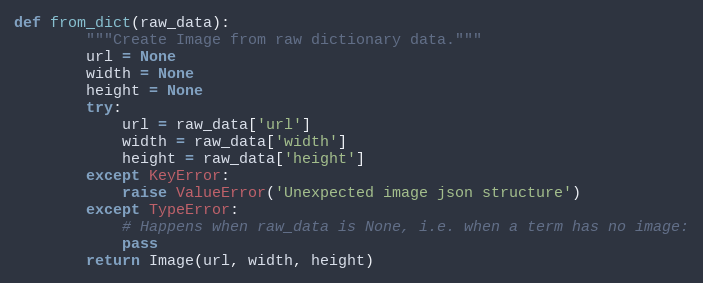
Language: Python
def from_dict(raw_data):
        """Create Image from raw dictionary data."""
        url = None
        width = None
        height = None
        try:
            url = raw_data['url']
            width = raw_data['width']
            height = raw_data['height']
        except KeyError:
            raise ValueError('Unexpected image json structure')
        except TypeError:
            # Happens when raw_data is None, i.e. when a term has no image:
            pass
        return Image(url, width, height)